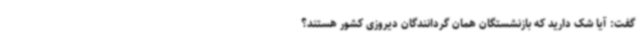
گفت: آیا شک دارید که بازنشستگان همان گردانندگان دیروزی کشور هستند؟